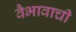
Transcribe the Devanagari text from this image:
वैभावाची